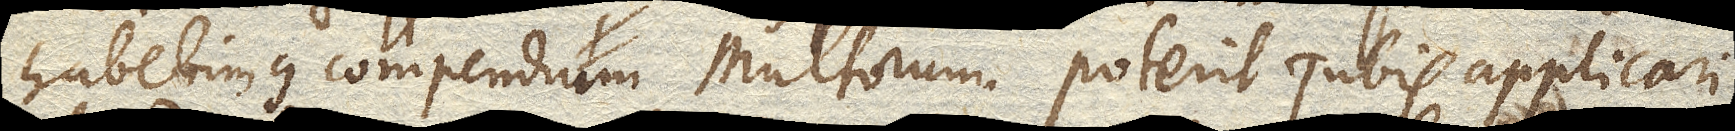
habebimus compendium multorum. Poterit Tubis applicari,